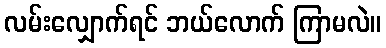
လမ်းလျှောက်ရင် ဘယ်လောက် ကြာမလဲ။